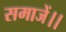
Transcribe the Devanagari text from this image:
समाजें।।